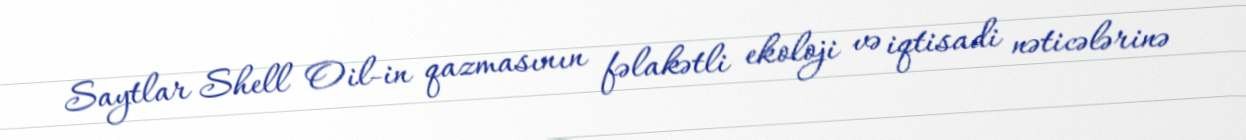
Saytlar Shell Oil-in qazmasının fəlakətli ekoloji və iqtisadi nəticələrinə